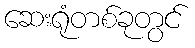
ဆေးရုံတစ်ခုတွင်